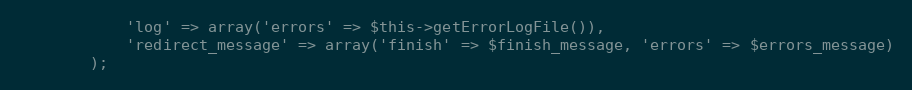
Language: PHP
            'log' => array('errors' => $this->getErrorLogFile()),
            'redirect_message' => array('finish' => $finish_message, 'errors' => $errors_message)
        );